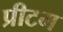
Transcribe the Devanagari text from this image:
प्रीटम